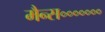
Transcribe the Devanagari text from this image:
मैन्स॰॰॰॰॰॰॰